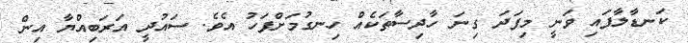
ކަނޑާލާފައި ވަނީ މިފަދަ ގިނަ ހާދިސާތަކެއް ހިނގުމަށްފަހު އެވެ. ސައުދީ އަރަބިއްޔާ އިން